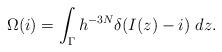
LaTeX: \begin{align*}\Omega(i) = \int_{\Gamma} h^{-3N}\delta(I(z)-i)\ dz.\end{align*}